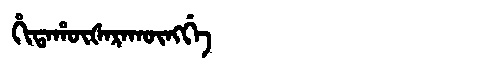
Manchu: ᡥᡳᡨᠠᡥᡡᡧᠠᡵᠠᡴᡡᠩᡤᡝ
Romanization: HITAHŪŠARAKŪNGGE